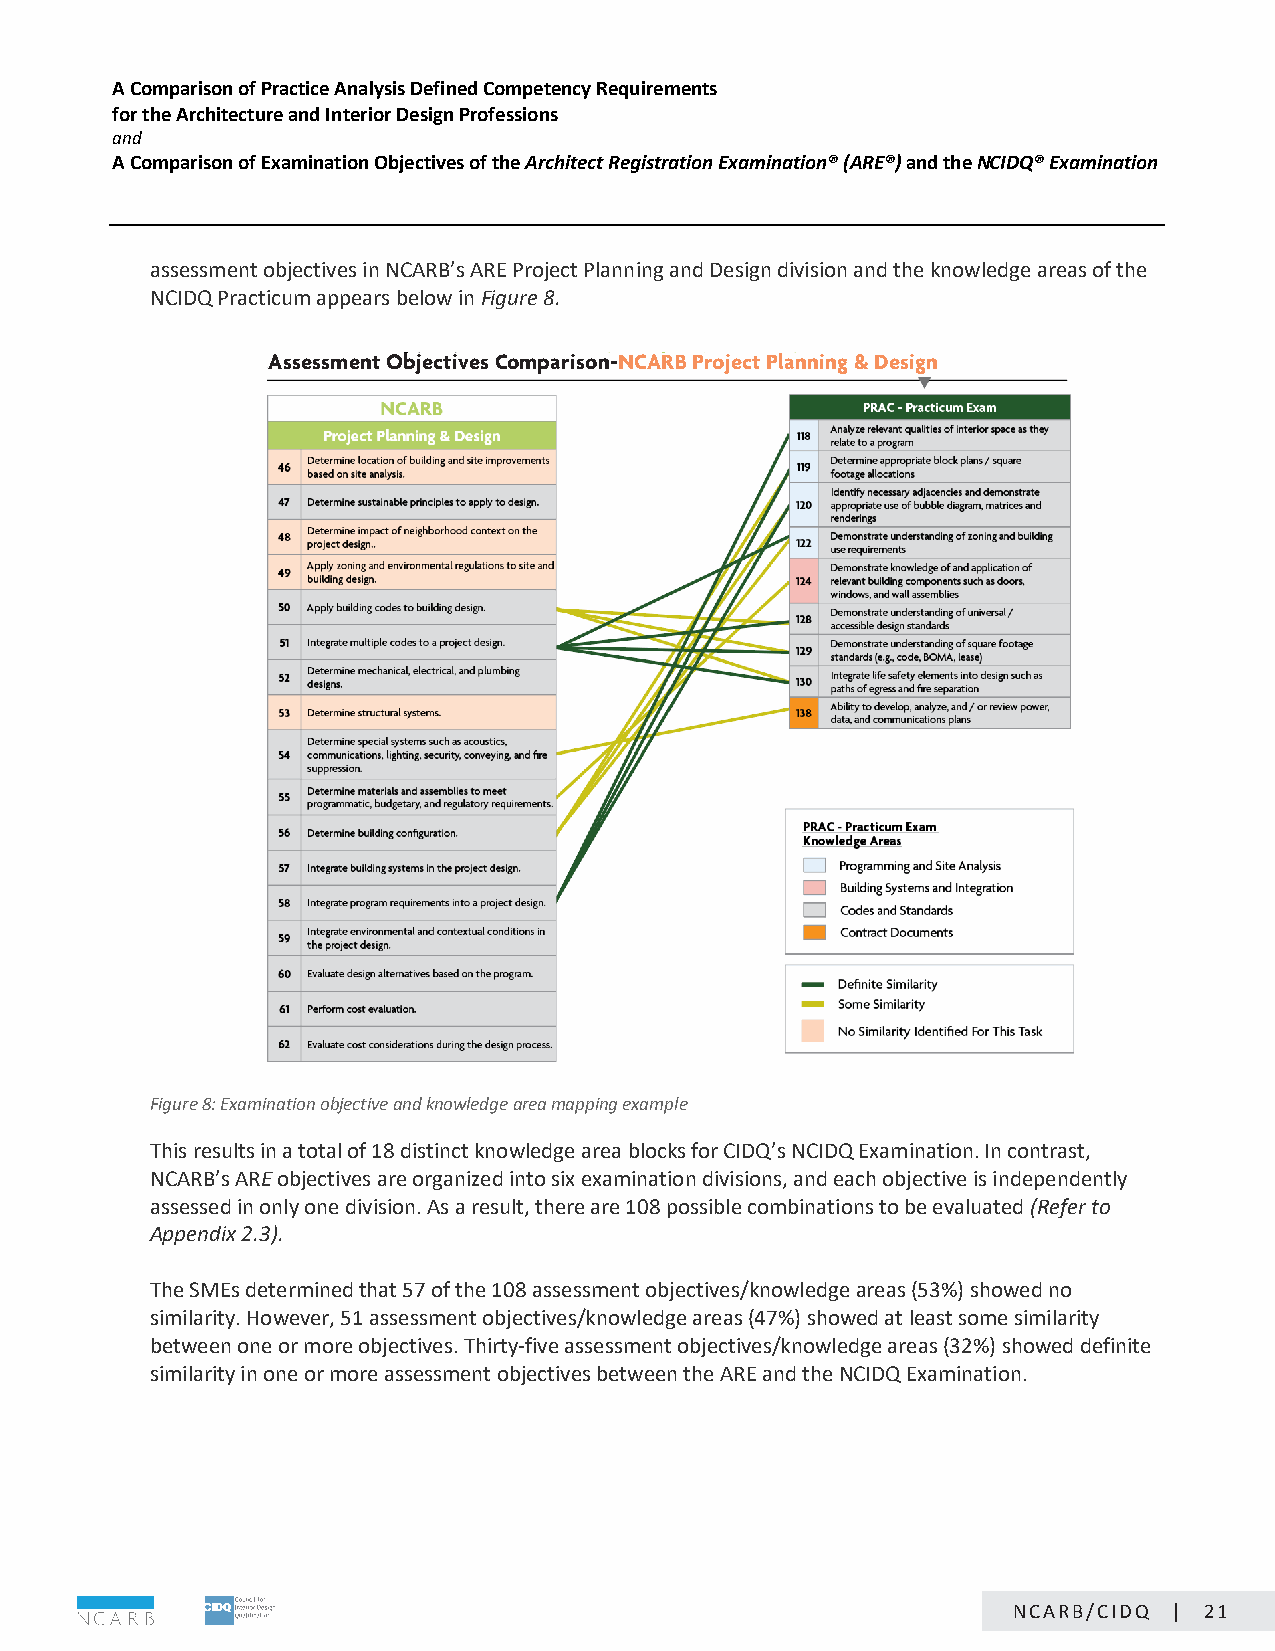
A Comparison of Practice Analysis Defined Competency Requirements
 for the Architecture and Interior Design Professions
 and
 A Comparison of Examination Objectives of the Architect Registration Examination® (ARE®) and the NCIDQ® Examination
 assessment objectives in NCARB’s ARE Project Planning and Design division and the knowledge areas of the
 NCIDQ Practicum appears below in Figure 8.
 Assessment Objectives Comparison-NCARB Project Planning & Design
 Figure 8: Examination objective and knowledge area mapping example
 This results in a total of 18 distinct knowledge area blocks for CIDQ’s NCIDQ Examination. In contrast,
 NCARB’s ARE objectives are organized into six examination divisions, and each objective is independently
 assessed in only one division. As a result, there are 108 possible combinations to be evaluated (Refer to
 Appendix 2.3).
 The SMEs determined that 57 of the 108 assessment objectives/knowledge areas (53%) showed no
 similarity. However, 51 assessment objectives/knowledge areas (47%) showed at least some similarity
 between one or more objectives. Thirty-five assessment objectives/knowledge areas (32%) showed definite
 similarity in one or more assessment objectives between the ARE and the NCIDQ Examination.
 Page 21 of 24
 NCARB/CIDQ | 21